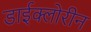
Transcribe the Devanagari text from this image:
डाईक्लोरीन